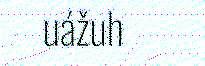
uážuh